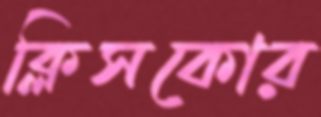
ক্লিসকোর